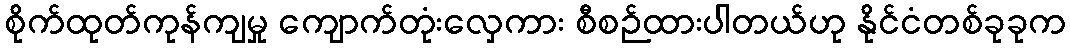
စိုက်ထုတ်ကုန်ကျမှု ကျောက်တုံးလှေကား စီစဉ်ထားပါတယ်ဟု နိုင်ငံတစ်ခုခုက